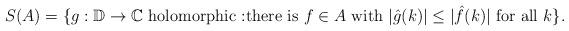
LaTeX: \begin{align*}S(A) = \{ g: \mathbb{D} \rightarrow \mathbb{C} \mbox{ holomorphic :there is } f \in A \mbox{ with } |\hat{g}(k)| \leq |\hat{f}(k) | \mbox{ for all } k \}.\end{align*}